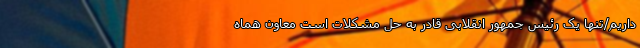
داریم/تنها یک رئیس جمهور انقلابی قادر به حل مشکلات است معاون هماه